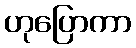
ဟုပြောကာ